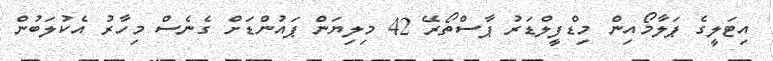
އިޓަލީގެ ޕަލާމޯއިން މިޑްފީލްޑަރު ޕާސްތޯރޭ 42 މިލިޔަން ޕައުންޑަށް ގެނެސް މިހާރު އެކުލަބުން